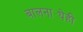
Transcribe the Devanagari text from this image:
बालनाट्येही